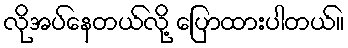
လိုအပ်နေတယ်လို့ ပြောထားပါတယ်။